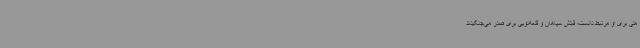
ملی برای او مرتبط دانست؛ قبلش سپاهان و قلعه‌نویی برای صدر می‌جنگیدند